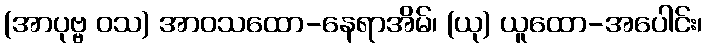
(အာပုဗ္ဗ ဝသ) အာဝသထော-နေရာအိမ်၊ (ယု) ယူထော-အပေါင်း၊